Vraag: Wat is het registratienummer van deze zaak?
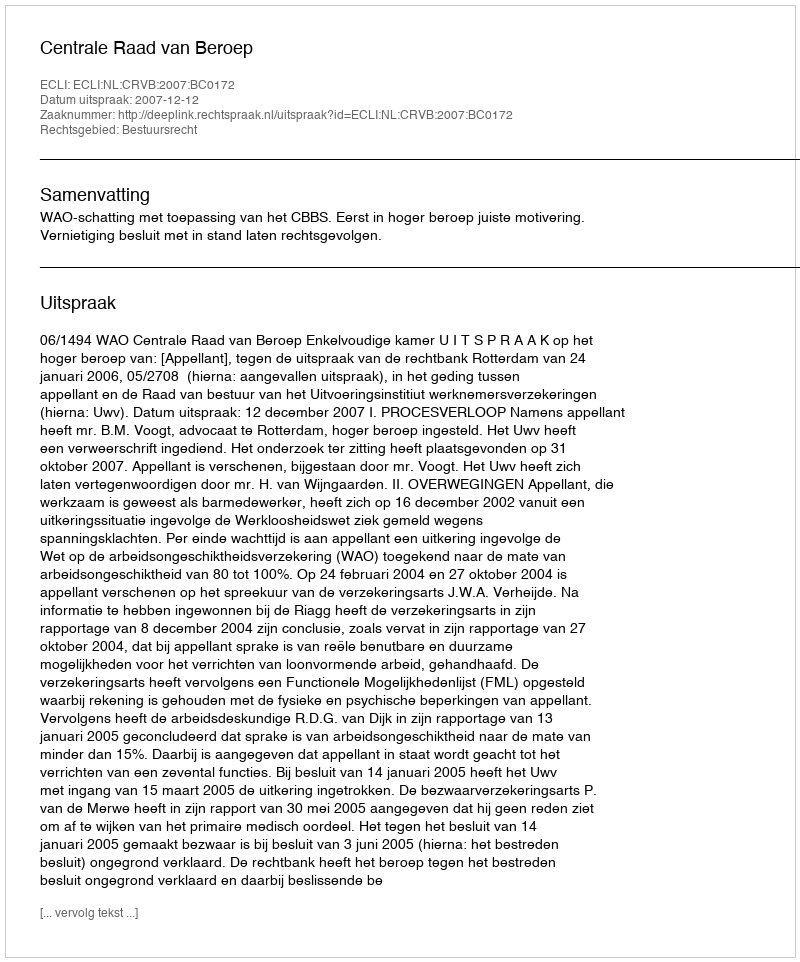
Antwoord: http://deeplink.rechtspraak.nl/uitspraak?id=ECLI:NL:CRVB:2007:BC0172